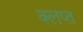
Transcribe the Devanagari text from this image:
क्लप्त